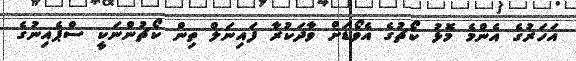
އަހަރުގެ އެންމެ މޮޅު ކޯޗުގެ އެވޯޑަށް ވާދަކުރާ ފައިނަލް ތިން ކޯޗުންނަކީ ސްޕެއިނުގެ